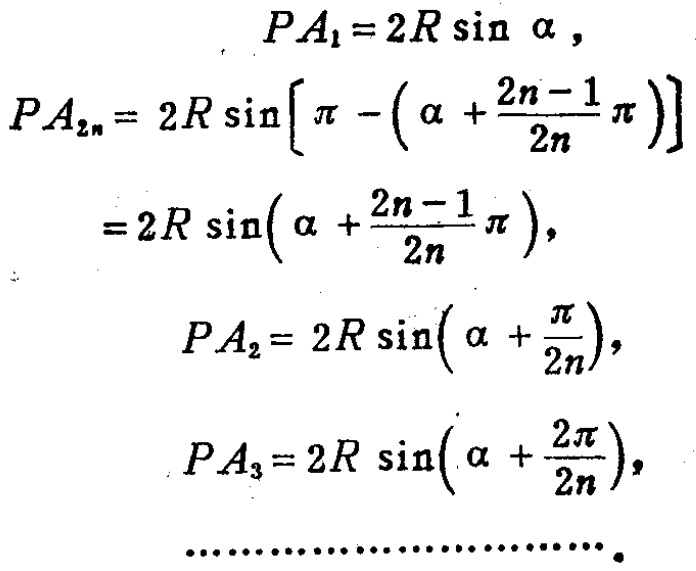
\[
\begin{align*}
PA_1&=2R\sin\alpha,\\
PA_{2n}&= 2R\sin\left[\pi - \left(\alpha + \frac{2n - 1}{2n}\pi\right)\right]\\
&=2R\sin\left(\alpha + \frac{2n - 1}{2n}\pi\right),\\
PA_2&= 2R\sin\left(\alpha + \frac{\pi}{2n}\right),\\
PA_3&= 2R\sin\left(\alpha + \frac{2\pi}{2n}\right),\\
&\cdots\cdots\cdots\cdots\cdots\cdots\cdots\cdots
\end{align*}
\]